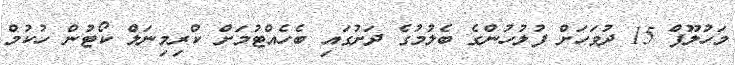
މަހުލޫފް 15 ދުވަހަށް ފުލުހުންގެ ބެލުމުގެ ދަށުގައި ބެހެއްޓުމަށް ކްރިމިނަލް ކޯޓުން ހުކުމް